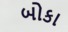
બોકા